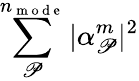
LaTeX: \sum_{\mathscr{P}}^{n_{\mathrm{{~m~o~d~e~}}}}|\alpha_{\mathscr{P}}^{m}|^{2}